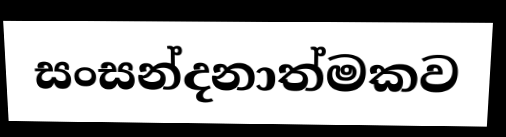
සංසන්දනාත්මකව